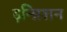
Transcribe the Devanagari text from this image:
इन्ग्निशन